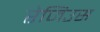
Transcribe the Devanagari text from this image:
रेजिउस